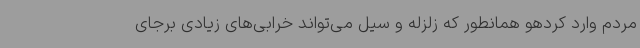
مردم وارد کردهو همانطور که زلزله و سیل می‌تواند خرابی‌های زیادی برجای